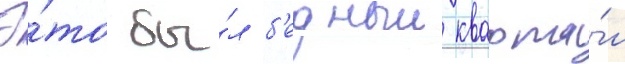
Э́то бы́л б'едныи кварта́л